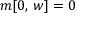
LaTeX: m [ 0 , \, w ] = 0